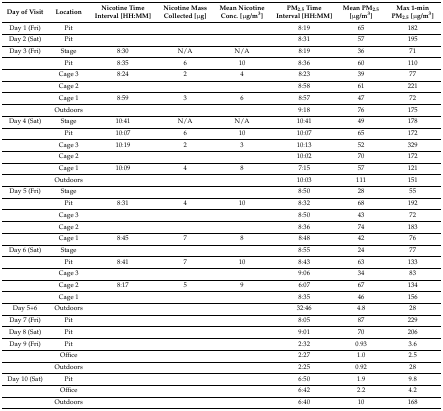
<table><thead><tr><td><b>Day of Visit</b></td><td><b>Location</b></td><td><b>Nicotine Time Interval [HH:MM]</b></td><td><b>Nicotine Mass Collected [μg]</b></td><td><b>Mean Nicotine Conc. [μg/m<sup>3</sup>]</b></td><td><b>PM<sub>2.5</sub> Time Interval [HH:MM]</b></td><td><b>Mean PM<sub>2.5</sub> [μg/m<sup>3</sup>]</b></td><td><b>Max 1-min PM<sub>2.5</sub> [μg/m<sup>3</sup>]</b></td></tr></thead><tbody><tr><td>Day 1 (Fri)</td><td>Pit</td><td></td><td></td><td></td><td>8:19</td><td>65</td><td>182</td></tr><tr><td>Day 2 (Sat)</td><td>Pit</td><td></td><td></td><td></td><td>8:31</td><td>57</td><td>195</td></tr><tr><td>Day 3 (Fri)</td><td>Stage</td><td>8:30</td><td>N/A</td><td>N/A</td><td>8:19</td><td>36</td><td>71</td></tr><tr><td></td><td>Pit</td><td>8:35</td><td>6</td><td>10</td><td>8:36</td><td>60</td><td>110</td></tr><tr><td></td><td>Cage 3</td><td>8:24</td><td>2</td><td>4</td><td>8:23</td><td>39</td><td>77</td></tr><tr><td></td><td>Cage 2</td><td></td><td></td><td></td><td>8:58</td><td>61</td><td>221</td></tr><tr><td></td><td>Cage 1</td><td>8:59</td><td>3</td><td>6</td><td>8:57</td><td>47</td><td>72</td></tr><tr><td></td><td>Outdoors</td><td></td><td></td><td></td><td>9:18</td><td>76</td><td>175</td></tr><tr><td>Day 4 (Sat)</td><td>Stage</td><td>10:41</td><td>N/A</td><td>N/A</td><td>10:41</td><td>49</td><td>178</td></tr><tr><td></td><td>Pit</td><td>10:07</td><td>6</td><td>10</td><td>10:07</td><td>65</td><td>172</td></tr><tr><td></td><td>Cage 3</td><td>10:19</td><td>2</td><td>3</td><td>10:13</td><td>52</td><td>329</td></tr><tr><td></td><td>Cage 2</td><td></td><td></td><td></td><td>10:02</td><td>70</td><td>172</td></tr><tr><td></td><td>Cage 1</td><td>10:09</td><td>4</td><td>8</td><td>7:15</td><td>57</td><td>121</td></tr><tr><td></td><td>Outdoors</td><td></td><td></td><td></td><td>10:03</td><td>111</td><td>151</td></tr><tr><td>Day 5 (Fri)</td><td>Stage</td><td></td><td></td><td></td><td>8:50</td><td>28</td><td>55</td></tr><tr><td></td><td>Pit</td><td>8:31</td><td>4</td><td>10</td><td>8:32</td><td>68</td><td>192</td></tr><tr><td></td><td>Cage 3</td><td></td><td></td><td></td><td>8:50</td><td>43</td><td>72</td></tr><tr><td></td><td>Cage 2</td><td></td><td></td><td></td><td>8:36</td><td>74</td><td>183</td></tr><tr><td></td><td>Cage 1</td><td>8:45</td><td>7</td><td>8</td><td>8:48</td><td>42</td><td>76</td></tr><tr><td>Day 6 (Sat)</td><td>Stage</td><td></td><td></td><td></td><td>8:55</td><td>24</td><td>77</td></tr><tr><td></td><td>Pit</td><td>8:41</td><td>7</td><td>10</td><td>8:43</td><td>63</td><td>133</td></tr><tr><td></td><td>Cage 3</td><td></td><td></td><td></td><td>9:06</td><td>34</td><td>83</td></tr><tr><td></td><td>Cage 2</td><td>8:17</td><td>5</td><td>9</td><td>6:07</td><td>67</td><td>134</td></tr><tr><td></td><td>Cage 1</td><td></td><td></td><td></td><td>8:35</td><td>46</td><td>156</td></tr><tr><td>Day 5+6</td><td>Outdoors</td><td></td><td></td><td></td><td>32:46</td><td>4.8</td><td>28</td></tr><tr><td>Day 7 (Fri)</td><td>Pit</td><td></td><td></td><td></td><td>8:05</td><td>87</td><td>229</td></tr><tr><td>Day 8 (Sat)</td><td>Pit</td><td></td><td></td><td></td><td>9:01</td><td>70</td><td>206</td></tr><tr><td>Day 9 (Fri)</td><td>Pit</td><td></td><td></td><td></td><td>2:32</td><td>0.93</td><td>3.6</td></tr><tr><td></td><td>Office</td><td></td><td></td><td></td><td>2:27</td><td>1.0</td><td>2.5</td></tr><tr><td></td><td>Outdoors</td><td></td><td></td><td></td><td>2:25</td><td>0.92</td><td>28</td></tr><tr><td>Day 10 (Sat)</td><td>Pit</td><td></td><td></td><td></td><td>6:50</td><td>1.9</td><td>9.8</td></tr><tr><td></td><td>Office</td><td></td><td></td><td></td><td>6:42</td><td>2.2</td><td>4.2</td></tr><tr><td></td><td>Outdoors</td><td></td><td></td><td></td><td>6:40</td><td>10</td><td>168</td></tr></tbody></table>